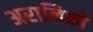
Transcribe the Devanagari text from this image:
अरानिको